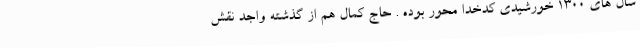
سال های 1300 خورشیدی کدخدا محور بوده . حاج کمال هم از گذشته واجد نقش